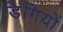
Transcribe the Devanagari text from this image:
डिंगियों